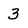
Character: 3